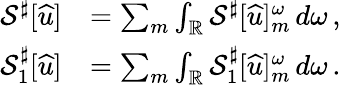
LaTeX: \begin{array}{rl}{\mathcal{S}^{\sharp}[{\widehat{u}}]}&{=\sum_{m}\int_{\mathbb{R}}\mathcal{S}^{\sharp}[{\widehat{u}}]_{m}^{\omega}\, d\omega\, ,}\\ {{\mathcal{S}_{1}^{\sharp}}[{\widehat{u}}]}&{=\sum_{m}\int_{\mathbb{R}}{\mathcal{S}_{1}^{\sharp}}[{\widehat{u}}]_{m}^{\omega}\, d\omega\, .}\end{array}